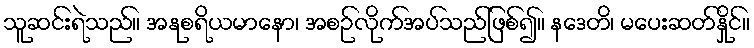
သူဆင်းရဲသည်။ အနုစရိယမာနော၊ အစဉ်လိုက်အပ်သည်ဖြစ်၍။ နဒေတိ၊ မပေးဆတ်နှိုင်။